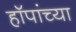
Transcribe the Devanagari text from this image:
हॉपांच्या